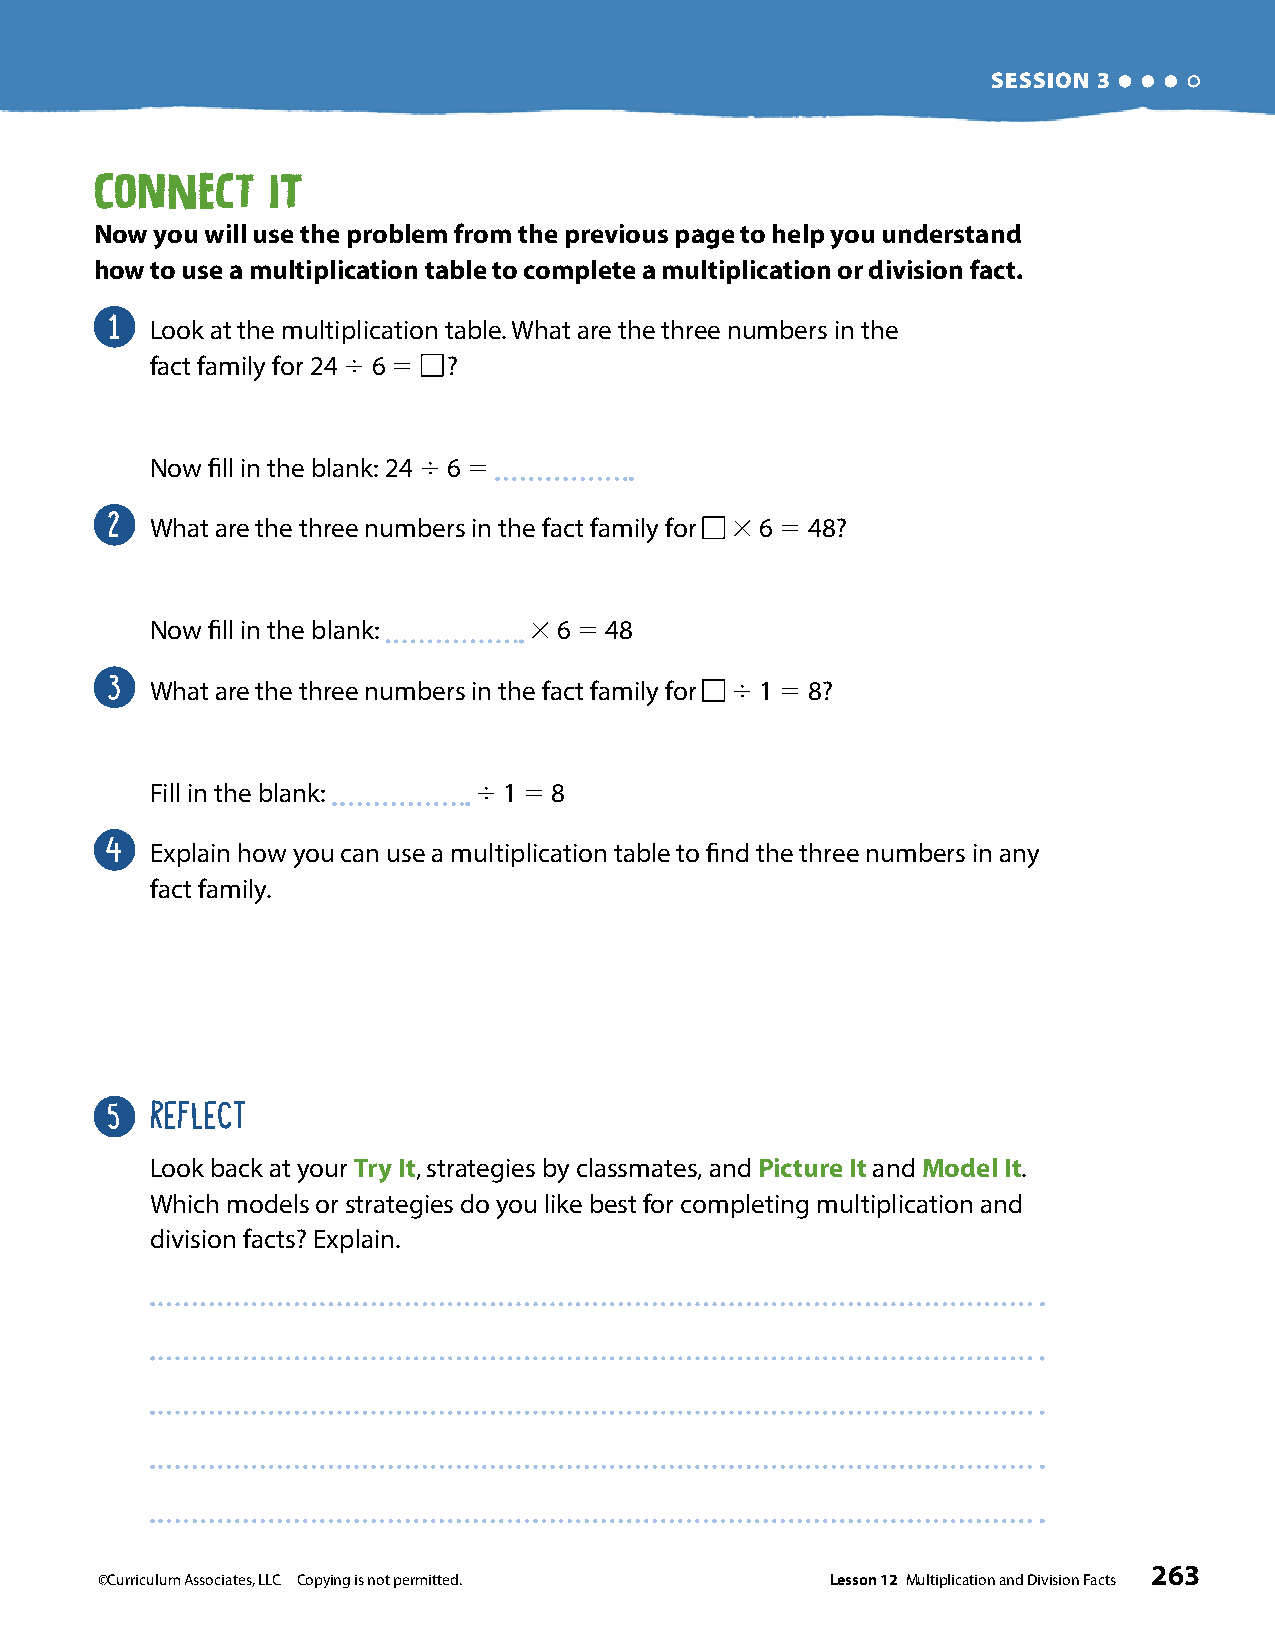
SESSION 3
 Connect     It
 Now you will use the problem from the previous page to help you understand
 how to use a multiplication table to complete a multiplication or division fact .
 1
 Look at the multiplication table. What are the three numbers in the
 fact family for 24 4 6 5 ?
 Now fill in the blank: 24 4 6 5
 2
 What are the three numbers in the fact family for 3 6 5 48?
 Now fill in the blank:   3 6 5 48
 3
 What are the three numbers in the fact family for 4 1 5 8?
 Fill in the blank:   4 1 5 8
 4
 Explain how you can use a multiplication table to find the three numbers in any
 fact family.
 5  REFLECT
 Look back at your Try It, strategies by classmates, and Picture It and Model It.
 Which models or strategies do you like best for completing multiplication and
 division facts? Explain.
 263
 ©Curriculum Associates, LLC Copying is not permitted. Lesson 12 Multiplication and Division Facts